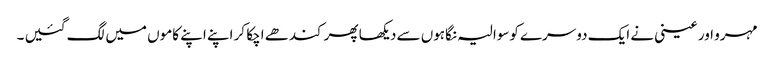
مہرو اور عینی نے ایک دوسرے کوسوالیہ نگاہوں سے دیکھا پھر کندھے اچکا کر اپنے اپنے کاموں میں لگ گئیں ۔